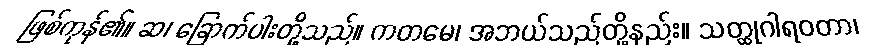
ဖြစ်ကုန်၏။ ဆ၊ ခြောက်ပါးတို့သည်။ ကတမေ၊ အဘယ်သည်တို့နည်း။ သတ္ထုဂါရဝတာ၊